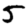
Digit: 5